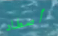
أصطاد